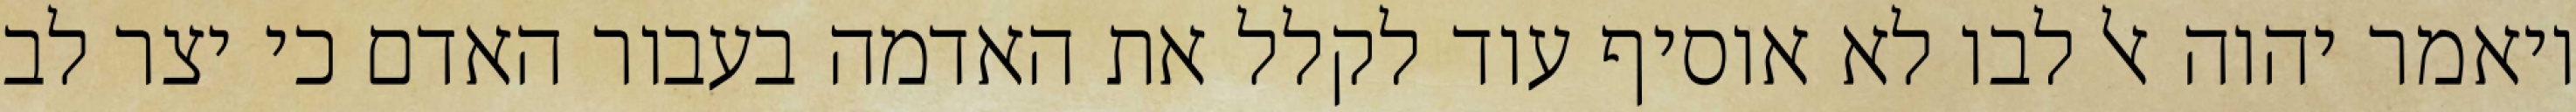
ויאמר יהוה אל לבו לא אוסיף עוד לקלל את האדמה בעבור האדם כי יצר לב